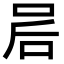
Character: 𫩲